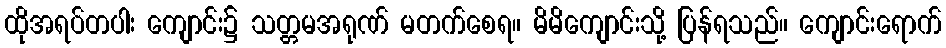
ထိုအရပ်တပါး ကျောင်း၌ သတ္တမအရုဏ် မတက်စေရ။ မိမိကျောင်းသို့ ပြန်ရသည်။ ကျောင်းရောက်